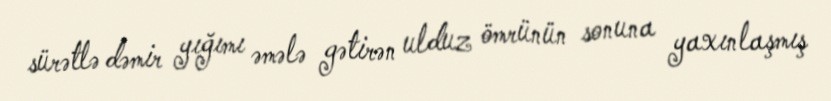
sürətlə dəmir yığımı əmələ gətirən ulduz ömrünün sonuna yaxınlaşmış